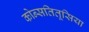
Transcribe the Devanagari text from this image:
कोन्सतितूसिया